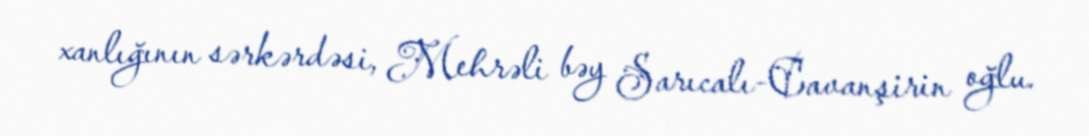
xanlığının sərkərdəsi, Mehrəli bəy Sarıcalı-Cavanşirin oğlu.